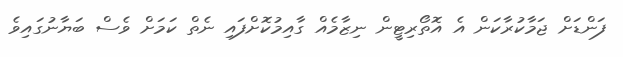
ފަންޑަށް ޖަމާކުރާކަން އެ އޮތޯރިޓީން ނިޒާމެއް ގާއިމުކޮށްފައި ނެތް ކަމަށް ވެސް ބަޔާނުގައިވެ